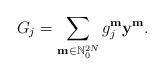
LaTeX: \begin{align*}G_j=\sum_{\mathbf{m}\in \mathbb{N}^{2N}_0}g_j^{\mathbf{m}}\mathbf{y}^{\mathbf{m}}.\end{align*}